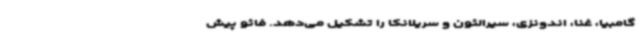
گامبیا، غنا، اندونزی، سیرالئون و سریلانکا را تشکیل می‌دهد. فائو پیش